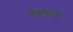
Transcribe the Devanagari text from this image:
डर्बनला